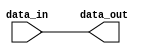
// ***************************************************************************
// ***************************************************************************
// Copyright (C) 2021-2023 Analog Devices, Inc. All rights reserved.
//
// In this HDL repository, there are many different and unique modules, consisting
// of various HDL (Verilog or VHDL) components. The individual modules are
// developed independently, and may be accompanied by separate and unique license
// terms.
//
// The user should read each of these license terms, and understand the
// freedoms and responsibilities that he or she has by using this source/core.
//
// This core is distributed in the hope that it will be useful, but WITHOUT ANY
// WARRANTY; without even the implied warranty of MERCHANTABILITY or FITNESS FOR
// A PARTICULAR PURPOSE.
//
// Redistribution and use of source or resulting binaries, with or without modification
// of this file, are permitted under one of the following two license terms:
//
//   1. The GNU General Public License version 2 as published by the
//      Free Software Foundation, which can be found in the top level directory
//      of this repository (LICENSE_GPL2), and also online at:
//      <https://www.gnu.org/licenses/old-licenses/gpl-2.0.html>
//
// OR
//
//   2. An ADI specific BSD license, which can be found in the top level directory
//      of this repository (LICENSE_ADIBSD), and also on-line at:
//      https://github.com/analogdevicesinc/hdl/blob/main/LICENSE_ADIBSD
//      This will allow to generate bit files and not release the source code,
//      as long as it attaches to an ADI device.
//
// ***************************************************************************
// ***************************************************************************

`timescale 1ns/100ps

module util_pad #(
  parameter NUM_OF_SAMPLES = 2,
  parameter IN_BITS_PER_SAMPLE = 16,
  parameter OUT_BITS_PER_SAMPLE = 16,
  parameter PADDING_TO_MSB_LSB_N = 0,
  parameter SIGN_EXTEND = 1
) (
  input [NUM_OF_SAMPLES*IN_BITS_PER_SAMPLE-1:0] data_in,
  output reg [NUM_OF_SAMPLES*OUT_BITS_PER_SAMPLE-1:0] data_out
);

  // Remove padding
  if (IN_BITS_PER_SAMPLE >= OUT_BITS_PER_SAMPLE) begin
    integer i;
    always @(*) begin
      for (i=0;i<NUM_OF_SAMPLES;i=i+1) begin
        if (PADDING_TO_MSB_LSB_N==1) begin
          data_out[i*OUT_BITS_PER_SAMPLE +: OUT_BITS_PER_SAMPLE] =
            data_in[i*IN_BITS_PER_SAMPLE +: OUT_BITS_PER_SAMPLE];
        end else begin
          data_out[i*OUT_BITS_PER_SAMPLE +: OUT_BITS_PER_SAMPLE] =
            data_in[((i+1)*IN_BITS_PER_SAMPLE)-1 -: OUT_BITS_PER_SAMPLE];
        end
      end
    end
  end

  // Add padding
  if (IN_BITS_PER_SAMPLE < OUT_BITS_PER_SAMPLE) begin
    integer i;
    always @(*) begin
      for (i=0;i<NUM_OF_SAMPLES;i=i+1) begin
        if (PADDING_TO_MSB_LSB_N==1) begin
          data_out[i*OUT_BITS_PER_SAMPLE +: OUT_BITS_PER_SAMPLE] =
            {{OUT_BITS_PER_SAMPLE-IN_BITS_PER_SAMPLE{data_in[(i+1)*IN_BITS_PER_SAMPLE-1]&SIGN_EXTEND[0]}},
            data_in[i*IN_BITS_PER_SAMPLE +: OUT_BITS_PER_SAMPLE]};
        end else begin
          data_out[i*OUT_BITS_PER_SAMPLE +: OUT_BITS_PER_SAMPLE] =
            {data_in[((i+1)*IN_BITS_PER_SAMPLE)-1 -: OUT_BITS_PER_SAMPLE],
            {OUT_BITS_PER_SAMPLE-IN_BITS_PER_SAMPLE{1'b0}}};
        end
      end
    end
  end

endmodule